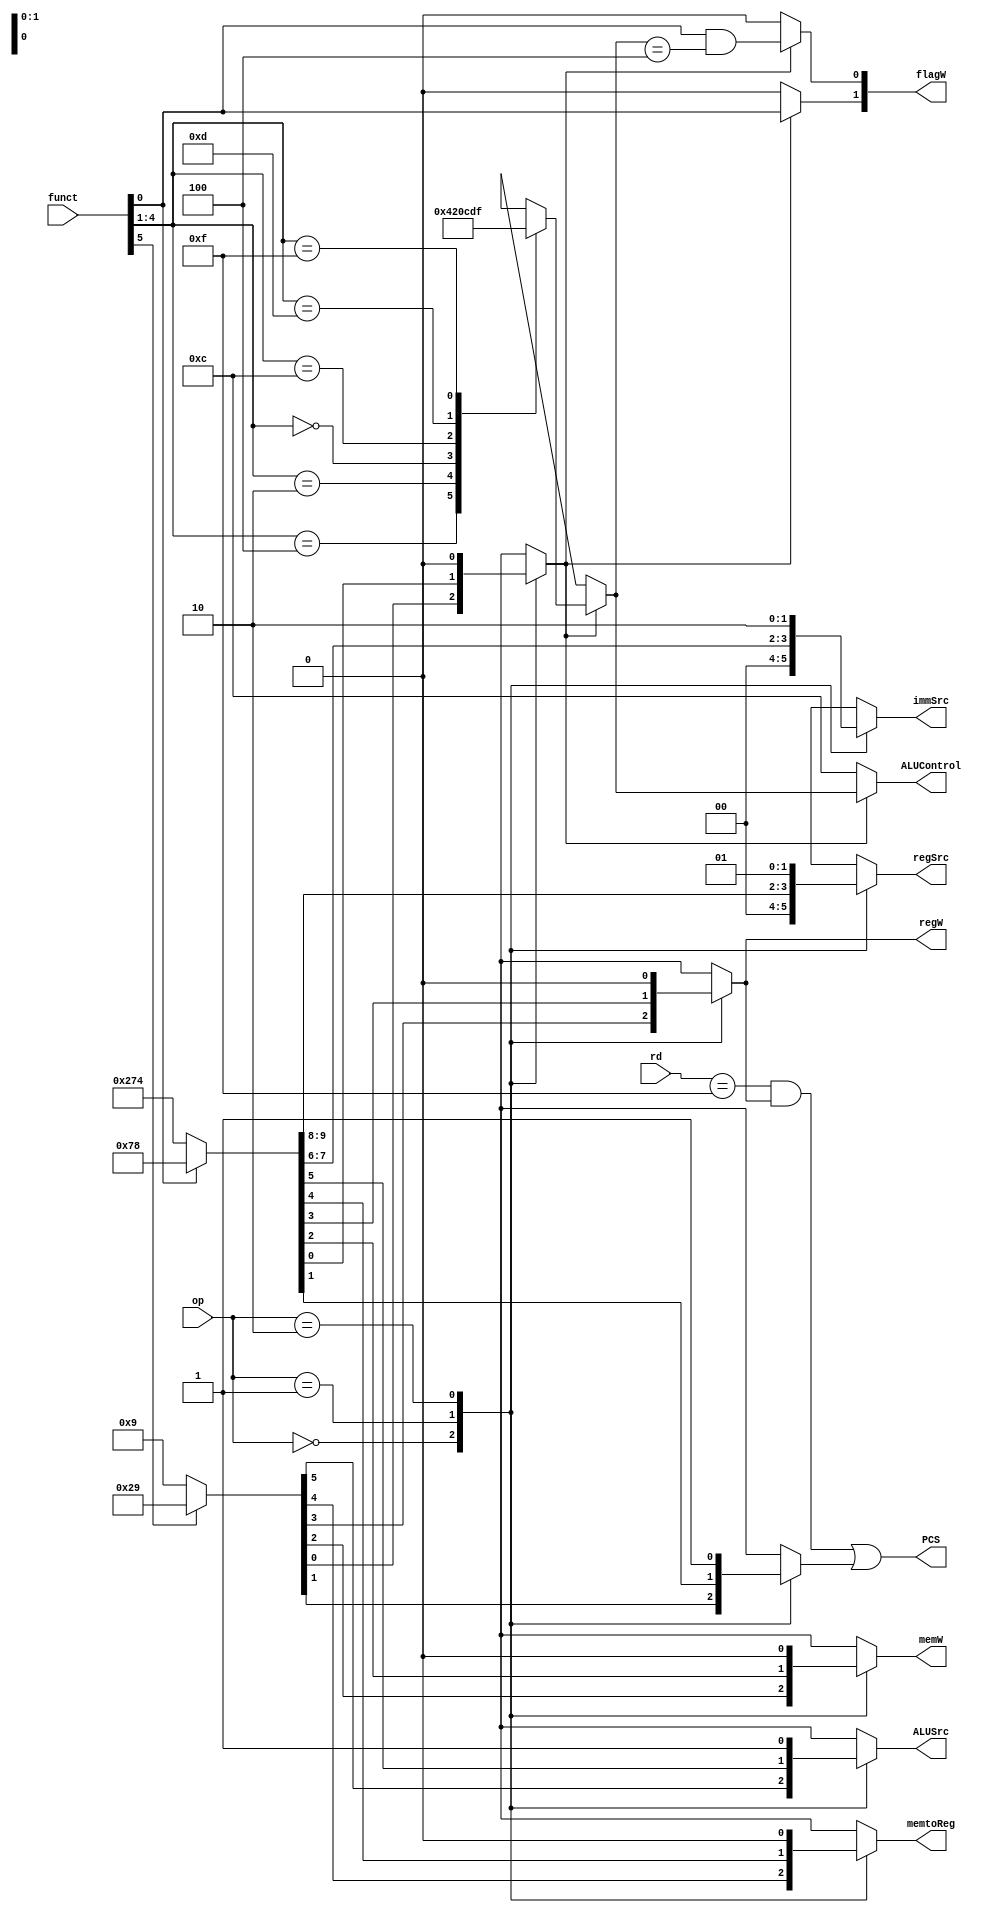
`timescale 1ns / 1ps
//////////////////////////////////////////////////////////////////////////////////
// Company: 
// Engineer: 
// 
// Design Name: 
// Module Name:    decoder 
// Project Name: 
// Target Devices: 
// Tool versions: 
// Description: 
//
// Dependencies: 
//
// Revision: 
// Revision 0.01 - File Created
// Additional Comments: 
//
//////////////////////////////////////////////////////////////////////////////////
module decoder(input  [1:0] op,
					input  [5:0] funct,
					input  [3:0] rd,
					output reg [1:0] flagW,
					output wire PCS,
					output reg regW, memW,
					output reg memtoReg, ALUSrc,
					output reg [1:0] immSrc, regSrc,
					output reg [3:0] ALUControl);
					

	reg branch, ALUOp;
	initial begin flagW=0; regW=0; memW=0; memtoReg=0; ALUSrc=0; immSrc=0; regSrc=0; ALUControl=0; branch=0; ALUOp=0; end
	
	// Main Decoder
	always@(*)
		casex(op)
				// Data-processing immediate
				2'b00: if (funct[5]) {regSrc, immSrc, ALUSrc, memtoReg, regW, memW, branch, ALUOp} = 10'b0000101001;
				// Data-processing register
				else {regSrc, immSrc, ALUSrc, memtoReg, regW, memW, branch, ALUOp} = 10'b0000001001;
				// LDR
				2'b01: if (funct[0]) {regSrc, immSrc, ALUSrc, memtoReg, regW, memW, branch, ALUOp} = 10'b0001111000;
				// STR
				else {regSrc, immSrc, ALUSrc, memtoReg, regW, memW, branch, ALUOp} = 10'b1001110100;
				// Branch
				2'b10: {regSrc, immSrc, ALUSrc, memtoReg, regW, memW, branch, ALUOp} = 10'b0110100010;
				// Unimplemented
				default: {regSrc, immSrc, ALUSrc, memtoReg, regW, memW, branch, ALUOp} = 10'bx;
		endcase

	
	
	// ALU Decoder
	always@(*)
		if (ALUOp) begin // which DP Instr?
			case(funct[4:1])
				4'b0100: ALUControl = 4'b0100; // ADD
				4'b0010: ALUControl = 4'b0010; // SUB
				4'b0000: ALUControl = 4'b0000; // AND
				4'b1100: ALUControl = 4'b1100; // ORR
				4'b1101: ALUControl = 4'b1101; // MOV
				4'b1111: ALUControl = 4'b1111; // MVN
				default: ALUControl = 4'bx; // unimplemented	
			endcase
			// update flags if S bit is set (C & V only for arith)
			flagW[1] = funct[0];
			flagW[0] = funct[0] & (ALUControl == 4'b0100 | ALUControl == 4'b0100);
		end else begin
			ALUControl = 4'b1100; // add for non-DP instructions
			flagW = 2'b00; // don't update Flags
		end
		
	// PC reg
	assign PCS = ((rd == 4'b1111) & regW) | branch;
	
endmodule